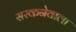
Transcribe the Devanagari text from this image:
सरकनेवाला